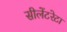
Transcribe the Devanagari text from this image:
सीलेंटरेटा